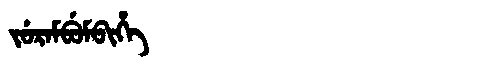
Manchu: ᠵᡠᡵᠠᠮᠪᡠᠮᠪᡳᡥᡝ
Romanization: JURAMBUMBIHE